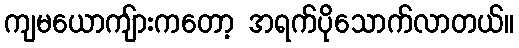
ကျမယောကျ်ားကတော့ အရက်ပိုသောက်လာတယ်။